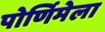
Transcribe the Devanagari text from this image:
पोर्णिमेला